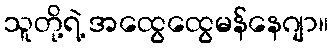
သူတို့ရဲ့ အထွေထွေမန်နေဂျာ။